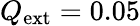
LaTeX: Q_{\textrm{ext}}=0.05